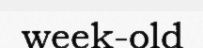
week-old